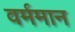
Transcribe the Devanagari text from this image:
वर्ममान